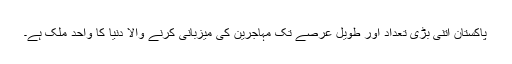
پاکستان اتنی بڑی تعداد اور طویل عرصے تک مہاجرین کی میزبانی کرنے والا دنیا کا واحد ملک ہے۔